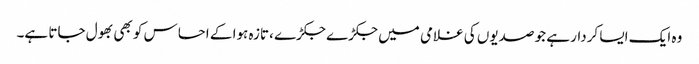
وہ ایک ایسا کردار ہے جو صدیوں کی غلامی میں جکڑے جکڑے ،تازہ ہوا کے احساس کو بھی بھول جاتا ہے۔